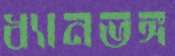
ধ্যানভঙ্গ